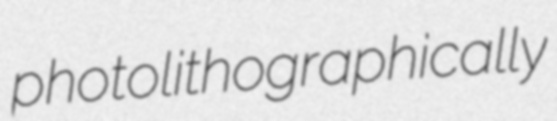
photolithographically